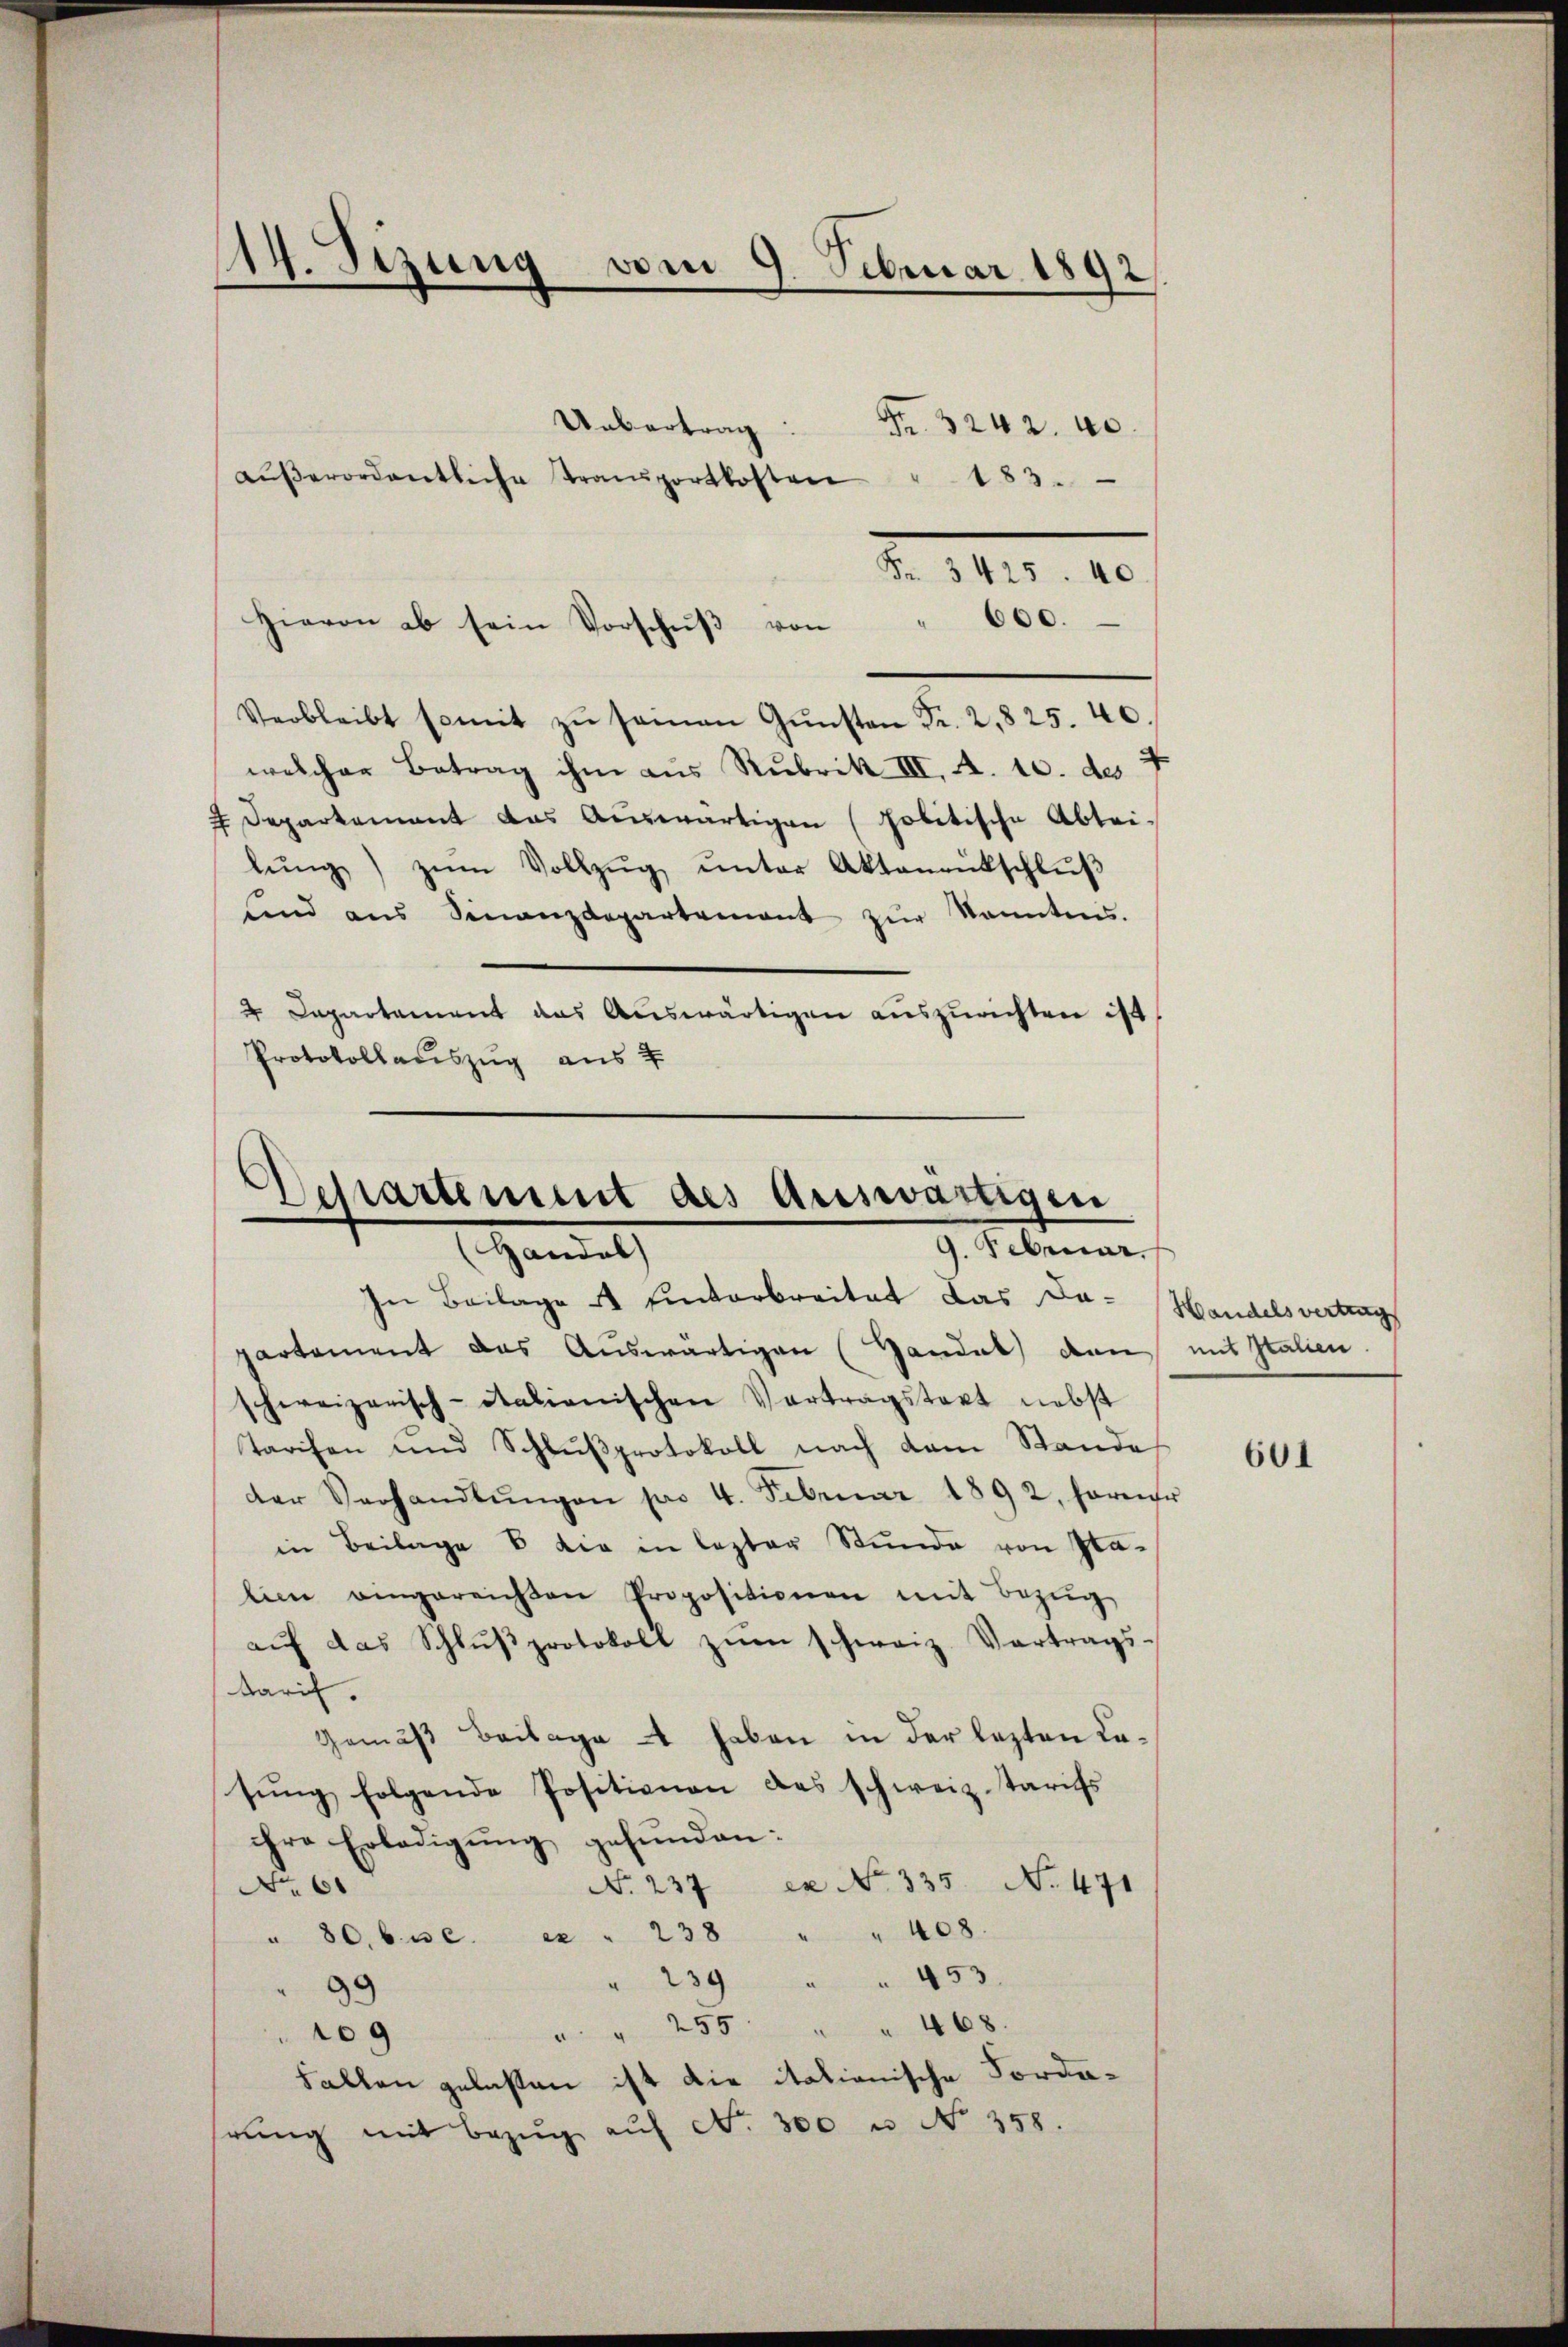
)
g. Sizung vom 9. Februar 1892.

aŭβerordentliche Transportkosten " 183.
600.
Verbleibt somit zŭ seinen Gŭnsten Fr. 2, 825. 40.
welcher Betrag ihm aus Rubrik III. A. 10. des
4 Departement das Auswärtigen (politische Abtei-
lŭng zŭm Vollzŭg ŭnter Aktenrütschlŭβ
sind ans Finanzdepartenant zŭr kanntnis.
 Departement das Auswärtigen auszurichten ist
Protokollaŭszŭg aŭs 2

Hievon ab sein Vorschuß von

Ubertrag Fr. 3242. 40.

I. III. I

Departement des Auswärtigen
9. Februar.
Handel
In Beilage unterbreitet das Da¬

partement das Auswärtigen (Handat von mit Italien.
schweizerisch-Italienischen Vortragstaet nebst
Tarifen und Schlŭβprotokoll nach dem Stande
der Verhandlŭngen pro 4. Februar 1892, ferner
in Beilage 6 die in lezter Stunde von Pla-
lien eingereichen Propositionen mit Bezŭg
aŭf das Schlŭβprotokoll zŭm schweiz. Vertrags
tarif.
Gemäß Beilage - haben in der lezten Casung folgende Positionen des schweiz. Tarifs
ihre Erledigung gefunden:
No. 237 ex No. 335 N. 471
No 61
80. bis c. ex " 238 " " 408.
.
" 239 " " 453.
99
255 " " 468
109
Fallen gelasten ist die itationische Fordahrung mit Bezug auf No. 300 u No 358.

Handelsvertrag

601